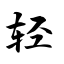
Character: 轻